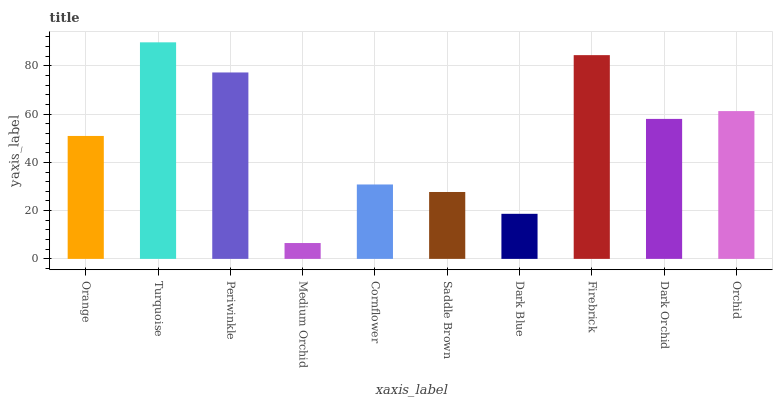
| xaxis_label | bars |
 | --- | --- |
 | Orange | 51 |
 | Turquoise | 89.8 |
 | Periwinkle | 77.3 |
 | Medium Orchid | 6.57 |
 | Cornflower | 30.8 |
 | Saddle Brown | 27.7 |
 | Dark Blue | 18.7 |
 | Firebrick | 84.5 |
 | Dark Orchid | 58 |
 | Orchid | 61.3 |